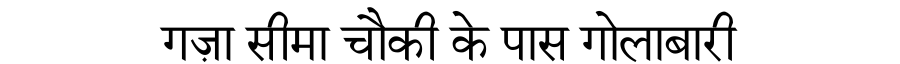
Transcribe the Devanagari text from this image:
गज़ा सीमा चौकी के पास गोलाबारी